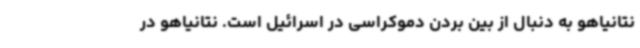
نتانیاهو به دنبال از بین بردن دموکراسی در اسرائیل است. نتانیاهو در